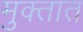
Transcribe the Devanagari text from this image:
मुक्तात